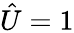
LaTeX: \hat{U}=1